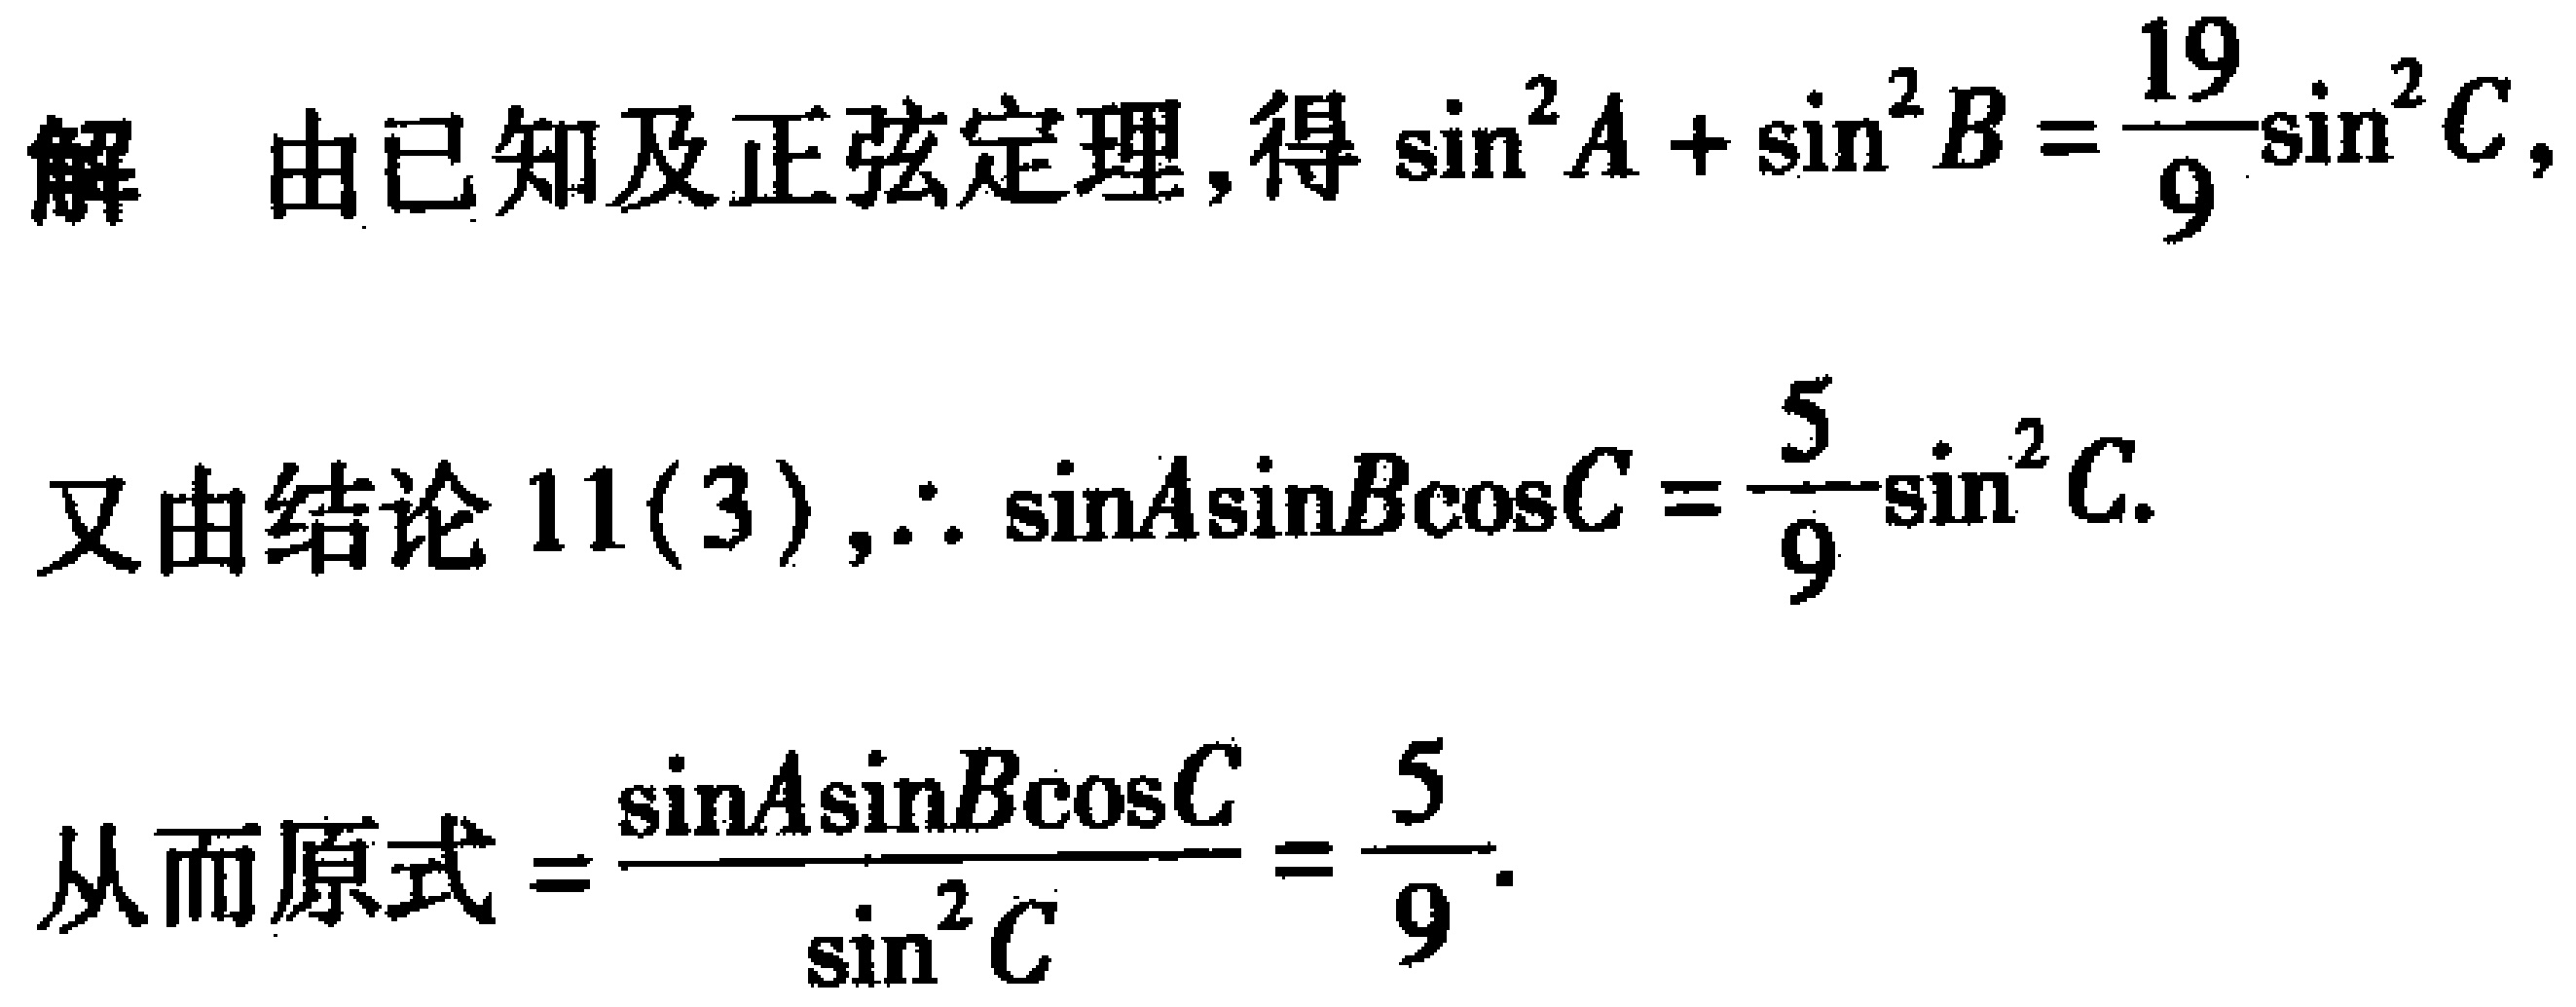
解 由已知及正弦定理,得\(\sin^{2}A + \sin^{2}B = \frac{19}{9}\sin^{2}C\),
又由结论 \(11(3)\),\(\therefore \sin A\sin B\cos C = \frac{5}{9}\sin^{2}C\).
从而原式\(=\frac{\sin A\sin B\cos C}{\sin^{2}C} = \frac{5}{9}\).